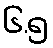
၆.၅